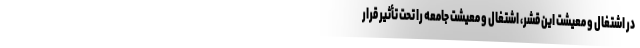
در اشتغال و معیشت این قشر، اشتغال و معیشت جامعه را تحت تأثیر قرار